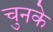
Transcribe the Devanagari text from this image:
चुनके